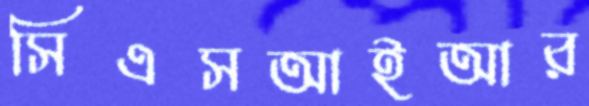
সিএসআইআর